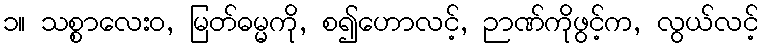
၁။ သစ္စာလေးဝ, မြတ်ဓမ္မကို, စ၍ဟောလင့်, ဉာဏ်ကိုဖွင့်က, လွယ်လင့်